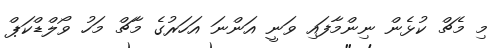
މި މެޗް ކުޅެން ނިންމާފައި ވަނީ އަންނަ އަހަރުގެ މާޗް މަހު ވޯލްޑްކަޕް